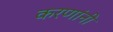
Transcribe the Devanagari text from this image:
करणांनी